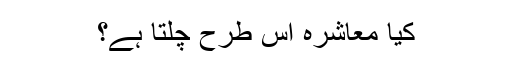
کیا معاشرہ اس طرح چلتا ہے؟